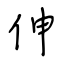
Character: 伸